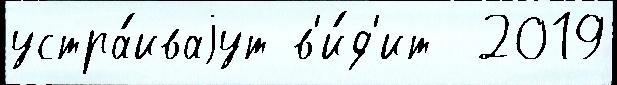
устра́иваjут в'и́д'ит  2019